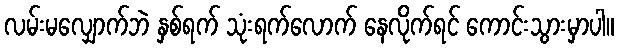
လမ်းမလျှောက်ဘဲ နှစ်ရက် သုံးရက်လောက် နေလိုက်ရင် ကောင်းသွားမှာပါ။